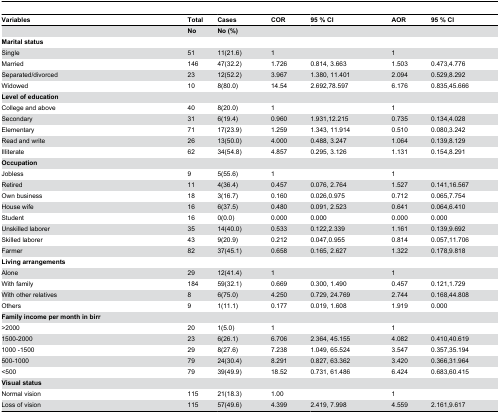
<table><thead><tr><td><b>Variables</b></td><td><b>Total</b></td><td><b>Cases</b></td><td><b>COR</b></td><td><b>95 % CI</b></td><td><b>AOR</b></td><td><b>95 % CI</b></td></tr></thead><tbody><tr><td></td><td><b>No</b></td><td><b>No (%)</b></td><td></td><td></td><td></td><td></td></tr><tr><td><b>Marital status</b></td><td></td><td></td><td></td><td></td><td></td><td></td></tr><tr><td>Single</td><td>51</td><td>11(21.6)</td><td>1</td><td></td><td>1</td><td></td></tr><tr><td>Married</td><td>146</td><td>47(32.2)</td><td>1.726</td><td>0.814, 3.663</td><td>1.503</td><td>0.473,4.776</td></tr><tr><td>Separated/divorced</td><td>23</td><td>12(52.2)</td><td>3.967</td><td>1.380, 11.401</td><td>2.094</td><td>0.529,8.292</td></tr><tr><td>Widowed</td><td>10</td><td>8(80.0)</td><td>14.54</td><td>2.692,78.597</td><td>6.176</td><td>0.835,45.666</td></tr><tr><td><b>Level of education</b></td><td></td><td></td><td></td><td></td><td></td><td></td></tr><tr><td>College and above</td><td>40</td><td>8(20.0)</td><td>1</td><td></td><td>1</td><td></td></tr><tr><td>Secondary </td><td>31</td><td>6(19.4)</td><td>0.960</td><td>1.931,12.215</td><td>0.735</td><td>0.134,4.028</td></tr><tr><td>Elementary </td><td>71</td><td>17(23.9)</td><td>1.259</td><td>1.343, 11.914</td><td>0.510</td><td>0.080,3.242</td></tr><tr><td>Read and write</td><td>26</td><td>13(50.0)</td><td>4.000</td><td>0.488, 3.247</td><td>1.064</td><td>0.139,8.129</td></tr><tr><td>Illiterate</td><td>62</td><td>34(54.8)</td><td>4.857</td><td>0.295, 3.126</td><td>1.131</td><td>0.154,8.291</td></tr><tr><td><b>Occupation</b></td><td></td><td></td><td></td><td></td><td></td><td></td></tr><tr><td>Jobless</td><td>9</td><td>5(55.6)</td><td>1</td><td></td><td>1</td><td></td></tr><tr><td>Retired</td><td>11</td><td>4(36.4)</td><td>0.457</td><td>0.076, 2.764</td><td>1.527</td><td>0.141,16.567</td></tr><tr><td>Own business</td><td>18</td><td>3(16.7)</td><td>0.160</td><td>0.026,0.975</td><td>0.712</td><td>0.065,7.754</td></tr><tr><td>House wife</td><td>16</td><td>6(37.5)</td><td>0.480</td><td>0.091, 2.523</td><td>0.641</td><td>0.064,6.410</td></tr><tr><td>Student</td><td>16</td><td>0(0.0)</td><td>0.000</td><td>0.000</td><td>0.000</td><td>0.000</td></tr><tr><td>Unskilled laborer </td><td>35</td><td>14(40.0)</td><td>0.533</td><td>0.122,2.339</td><td>1.161</td><td>0.139,9.692</td></tr><tr><td>Skilled laborer</td><td>43</td><td>9(20.9)</td><td>0.212</td><td>0.047,0.955</td><td>0.814</td><td>0.057,11.706</td></tr><tr><td>Farmer </td><td>82</td><td>37(45.1)</td><td>0.658</td><td>0.165, 2.627</td><td>1.322</td><td>0.178,9.818</td></tr><tr><td><b>Living arrangements</b></td><td></td><td></td><td></td><td></td><td></td><td></td></tr><tr><td>Alone</td><td>29</td><td>12(41.4)</td><td>1</td><td></td><td>1</td><td></td></tr><tr><td>With family</td><td>184</td><td>59(32.1)</td><td>0.669</td><td>0.300, 1.490</td><td>0.457</td><td>0.121,1.729</td></tr><tr><td>With other relatives</td><td>8</td><td>6(75.0)</td><td>4.250</td><td>0.729, 24.769</td><td>2.744</td><td>0.168,44.808</td></tr><tr><td>Others</td><td>9</td><td>1(11.1)</td><td>0.177</td><td>0.019, 1.608</td><td>1.919</td><td>0.000</td></tr><tr><td><b>Family income per month in birr</b></td><td></td><td></td><td></td><td></td><td></td><td></td></tr><tr><td>&gt;2000 </td><td>20</td><td>1(5.0)</td><td>1</td><td></td><td>1</td><td></td></tr><tr><td>1500-2000 </td><td>23</td><td>6(26.1)</td><td>6.706 </td><td>2.364, 45.155</td><td>4.082 </td><td>0.410,40.619</td></tr><tr><td>1000 -1500 </td><td>29</td><td>8(27.6)</td><td>7.238 </td><td>1.049, 65.524</td><td>3.547 </td><td>0.357,35.194</td></tr><tr><td>500-1000</td><td>79</td><td>24(30.4)</td><td>8.291</td><td>0.827, 63.362</td><td>3.420</td><td>0.366,31.964</td></tr><tr><td>&lt;500 </td><td>79</td><td>39(49.9)</td><td>18.52</td><td>0.731, 61.486</td><td>6.424</td><td>0.683,60.415</td></tr><tr><td><b>Visual status</b></td><td></td><td></td><td></td><td></td><td></td><td></td></tr><tr><td>Normal vision</td><td>115</td><td>21(18.3)</td><td>1.00</td><td></td><td>1</td><td></td></tr><tr><td>Loss of vision</td><td>115</td><td>57(49.6)</td><td>4.399</td><td>2.419, 7.998</td><td>4.559</td><td>2.161,9.617</td></tr></tbody></table>